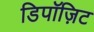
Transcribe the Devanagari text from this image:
डिपॉज़िट